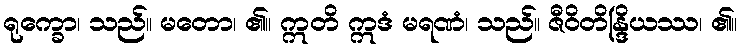
ရုက္ခော၊ သည်။ မတော၊ ၏။ ဣတိ ဣဒံ မရဏံ၊ သည်။ ဇီဝိတိန္ဒြိယဿ၊ ၏။